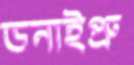
ডনাইপ্রু